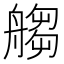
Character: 䑼